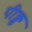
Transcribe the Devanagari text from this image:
पीक्ड